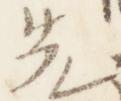
先